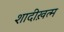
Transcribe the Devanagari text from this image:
शादीख़त्म